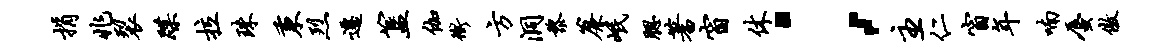
捐兆裂蹀拉珠秉烈迁簋伽冲方洞黎帘岷腮蓍窗休；主仁窗年喃蜃傲